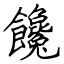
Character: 饞